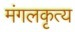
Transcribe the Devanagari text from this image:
मंगलकृत्य